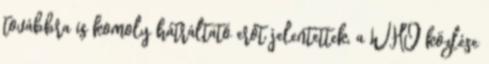
továbbra is komoly hátráltató erőt jelentettek, a WHO közlése